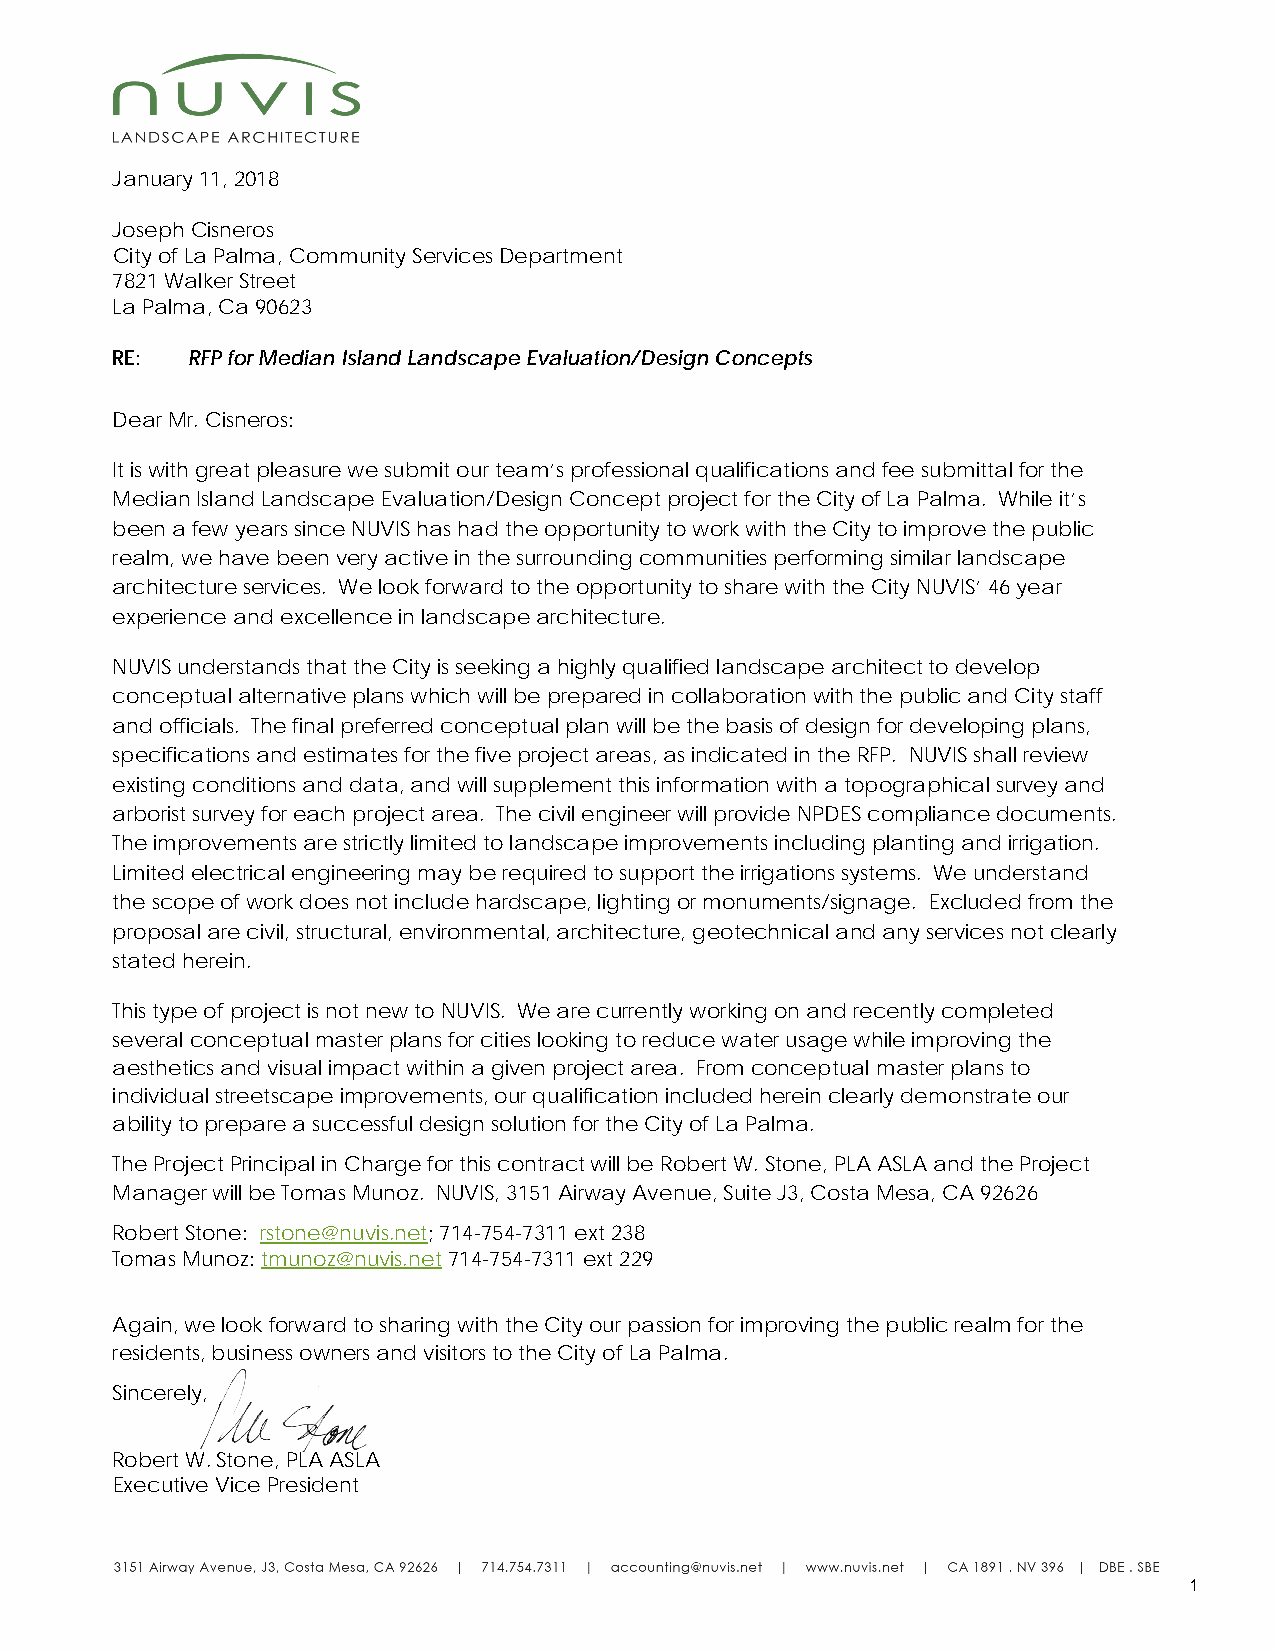
January 11, 2018
 Joseph Cisneros
 City of La Palma, Community Services Department
 7821 Walker Street
 La Palma, Ca 90623
 RE:  RFP for Median Island Landscape Evaluation/Design Concepts
 Dear Mr. Cisneros:
 It is with great pleasure we submit our team’s professional qualifications and fee submittal for the
 Median Island Landscape Evaluation/Design Concept project for the City of La Palma. While it’s
 been a few years since NUVIS has had the opportunity to work with the City to improve the public
 realm, we have been very active in the surrounding communities performing similar landscape
 architecture services. We look forward to the opportunity to share with the City NUVIS’ 46 year
 experience and excellence in landscape architecture.
 NUVIS understands that the City is seeking a highly qualified landscape architect to develop
 conceptual alternative plans which will be prepared in collaboration with the public and City staff
 and officials. The final preferred conceptual plan will be the basis of design for developing plans,
 specifications and estimates for the five project areas, as indicated in the RFP. NUVIS shall review
 existing conditions and data, and will supplement this information with a topographical survey and
 arborist survey for each project area. The civil engineer will provide NPDES compliance documents.
 The improvements are strictly limited to landscape improvements including planting and irrigation.
 Limited electrical engineering may be required to support the irrigations systems. We understand
 the scope of work does not include hardscape, lighting or monuments/signage. Excluded from the
 proposal are civil, structural, environmental, architecture, geotechnical and any services not clearly
 stated herein.
 This type of project is not new to NUVIS. We are currently working on and recently completed
 several conceptual master plans for cities looking to reduce water usage while improving the
 aesthetics and visual impact within a given project area. From conceptual master plans to
 individual streetscape improvements, our qualification included herein clearly demonstrate our
 ability to prepare a successful design solution for the City of La Palma.
 The Project Principal in Charge for this contract will be Robert W. Stone, PLA ASLA and the Project
 Manager will be Tomas Munoz. NUVIS, 3151 Airway Avenue, Suite J3, Costa Mesa, CA 92626
 Robert Stone: rstone@nuvis.net; 714-754-7311 ext 238
 Tomas Munoz: tmunoz@nuvis.net 714-754-7311 ext 229
 Again, we look forward to sharing with the City our passion for improving the public realm for the
 residents, business owners and visitors to the City of La Palma.
 Sincerely,
 Robert W. Stone, PLA ASLA
 Executive Vice President
 1